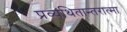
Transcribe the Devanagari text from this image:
प्रव्यथितान्तरात्मा